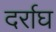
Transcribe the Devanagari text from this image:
दर्राघ